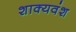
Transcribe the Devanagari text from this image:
शाक्यवंश